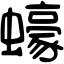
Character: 蠔